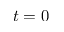
t = 0